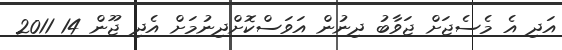
އަދި އެ މެސެޖަށް ޖަވާބު ދިނުން އަވަސްކޮށްދިނުމަށް އެދި ޖޫން 14 2011